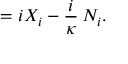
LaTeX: = i X _ { i } - \frac { i } \kappa \, N _ { i } .